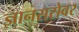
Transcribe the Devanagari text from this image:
ज्ञानसरोवर